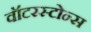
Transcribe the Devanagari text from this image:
वॉटरस्टोन्स